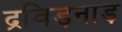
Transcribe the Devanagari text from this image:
द्रविड़नाड़